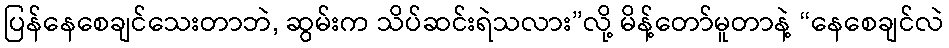
ပြန်နေစေချင်သေးတာဘဲ, ဆွမ်းက သိပ်ဆင်းရဲသလား”လို့ မိန့်တော်မူတာနဲ့ “နေစေချင်လဲ